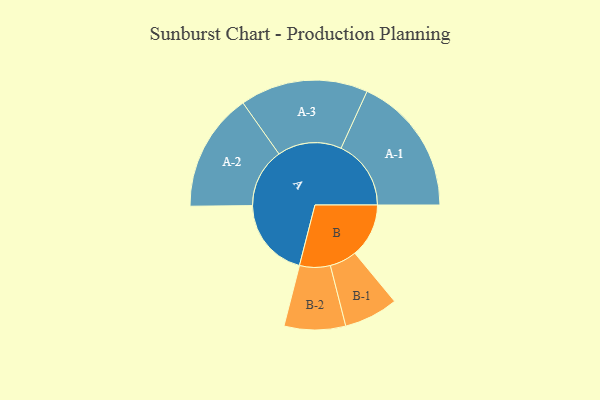
{"axis": {"x": "Segment", "y": "Value"}, "legend": ["", "A", "B"], "data": [{"x": "A", "y": 335, "type": ""}, {"x": "B", "y": 225, "type": ""}, {"x": "A-1", "y": 292, "type": "A"}, {"x": "A-2", "y": 247, "type": "A"}, {"x": "A-3", "y": 267, "type": "A"}, {"x": "B-1", "y": 113, "type": "B"}, {"x": "B-2", "y": 128, "type": "B"}]}